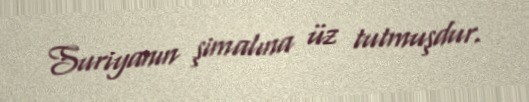
Suriyanın şimalına üz tutmuşdur.